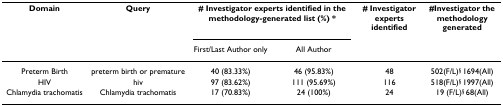
| Domain | Query | <COLSPAN=2> # Investigator experts identified in the methodology-generated list (%) * | # Investigator experts identified | #Investigator the methodology generated |
 |  |  | First/Last Author only | All Author |  |  |
 | --- | --- | --- | --- | --- | --- |
 | Preterm Birth | preterm birth or premature | 40 (83.33%) | 46 (95.83%) | 48 | 502(F/L)§ 1694(All) |
 | HIV | hiv | 97 (83.62%) | 111 (95.69%) | 116 | 518(F/L)§ 1997(All) |
 | Chlamydia trachomatis | Chlamydia trachomatis | 17 (70.83%) | 24 (100%) | 24 | 19 (F/L)§ 68(All) |